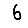
Digit: 6